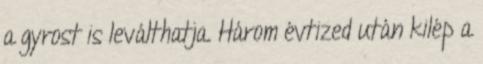
a gyrost is leválthatja. Három évtized után kilép a